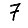
Digit: 7